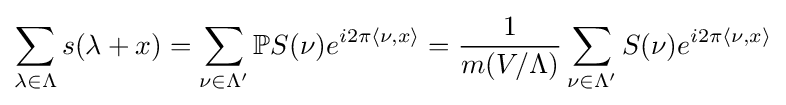
\sum _{\lambda \in \Lambda }s(\lambda +x)=\sum _{\nu \in \Lambda '}\mathbb {P} S(\nu )e^{i2\pi \langle \nu ,x\rangle }={\frac {1}{m(V/\Lambda )}}\sum _{\nu \in \Lambda '}S(\nu )e^{i2\pi \langle \nu ,x\rangle }